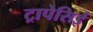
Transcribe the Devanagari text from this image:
ट्रापेसिई